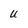
Character: u